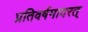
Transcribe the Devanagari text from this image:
प्रतिवर्षमादरत्